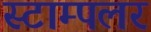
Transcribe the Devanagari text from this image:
स्टाम्पलर